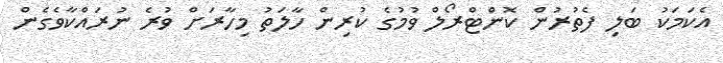
އެކަމަކު ބަލި ފެތުރުން ކޮންޓްރޯލް ވުމުގެ ކުރިން ހާލަތު މިހާރަށް ވުރެ ނުރައްކާވެގެން